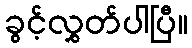
ခွင့်လွှတ်ပါပြီ။